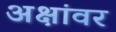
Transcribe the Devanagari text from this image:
अक्षांवर